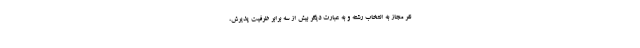
نفر مجاز به انتخاب رشته و به عبارت دیگر بیش از سه برابر ظرفیت پذیرش،